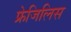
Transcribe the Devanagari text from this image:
फ्रेजिलिस